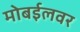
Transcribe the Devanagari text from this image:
मोबईलवर